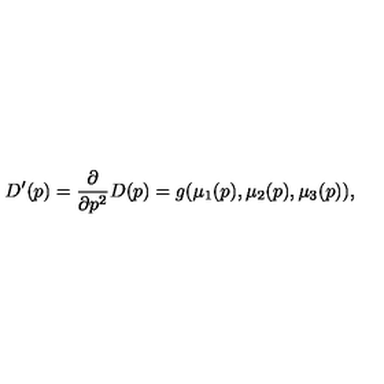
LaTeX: D ^ { \prime } ( p ) = { \frac { \partial } { \partial p ^ { 2 } } } D ( p ) = g ( \mu _ { 1 } ( p ) , \mu _ { 2 } ( p ) , \mu _ { 3 } ( p ) ) ,